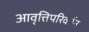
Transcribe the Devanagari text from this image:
आवृत्तिपरिवर्तन